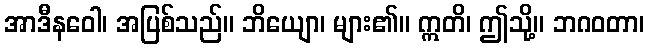
အာဒီနဝေါ၊ အပြစ်သည်။ ဘိယျော၊ များ၏။ ဣတိ၊ ဤသို့။ ဘဂဝတာ၊